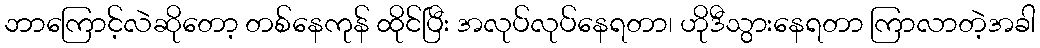
ဘာကြောင့်လဲဆိုတော့ တစ်နေကုန် ထိုင်ပြီး အလုပ်လုပ်နေရတာ၊ ဟိုဒီသွားနေရတာ ကြာလာတဲ့အခါ